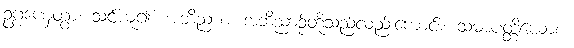
ဥဂ္ဂဏှေတွာ၊ သင်ယူ၍။ အဘိညာစ၊ အဘိညာဉ်တို့သည်လည်းကောင်း။ သမာပတ္တိယောစ၊